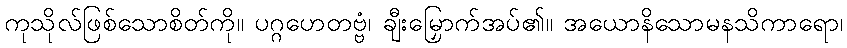
ကုသိုလ်ဖြစ်သောစိတ်ကို။ ပဂ္ဂဟေတဗ္ဗံ၊ ချီးမြှောက်အပ်၏။ အယောနိသောမနသိကာရော၊